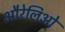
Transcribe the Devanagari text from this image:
औरेलिओ